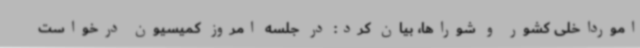
امورداخلی کشور و شوراها، بیان کرد: در جلسه امروز کمیسیون درخواست